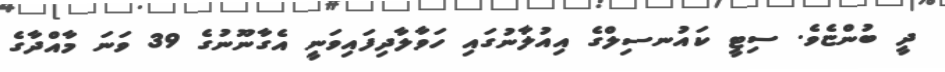
ދީ ބުންޏެވެ. ސިޓީ ކައުނސިލްގެ އިއުލާނުގައި ހަވާލާދިފައިވަނީ އެގާނޫނުގެ 39 ވަނަ މާއްދާގެ